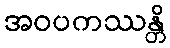
အဝပကဿန္တိ